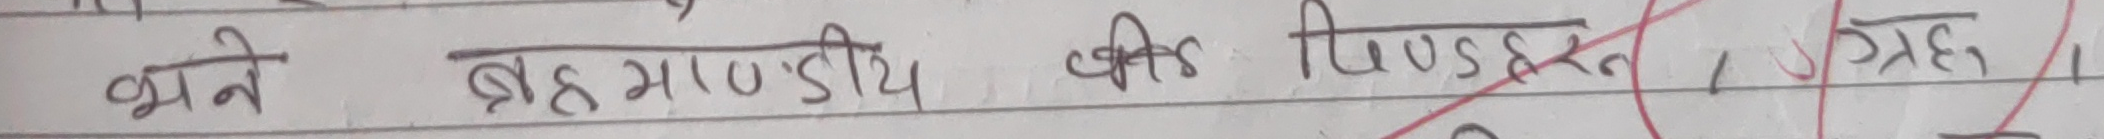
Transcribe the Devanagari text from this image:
भले ब्रह्माण्डीय की स्थिति, ग्रह,